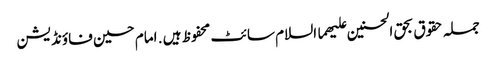
جملہ حقوق بحق الحسنین علیھما السلام سائٹ محفوظ ہیں . امام حسین فاؤنڈیشن